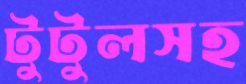
টুটুলসহ